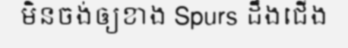
មិនចង់ឲ្យខាង Spurs ដឹងជើង